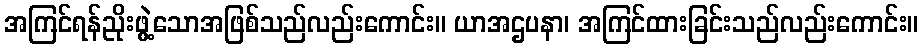
အကြင်ရန်ညိုးဖွဲ့သောအဖြစ်သည်လည်းကောင်း။ ယာအဌပနာ၊ အကြင်ထားခြင်းသည်လည်းကောင်း။